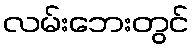
လမ်းဘေးတွင်